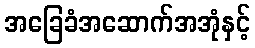
အခြေခံအဆောက်အအုံနှင့်